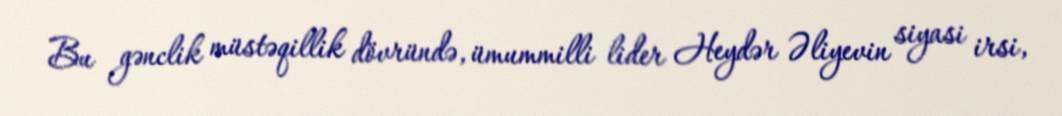
Bu gənclik müstəqillik dövründə, ümummilli lider Heydər Əliyevin siyasi irsi,